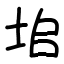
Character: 垖